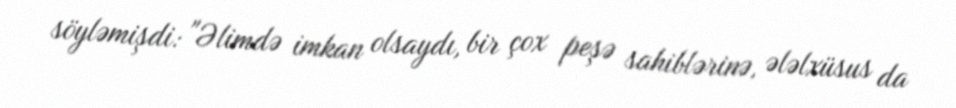
söyləmişdi: "Əlimdə imkan olsaydı, bir çox peşə sahiblərinə, ələlxüsus da